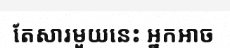
តែសារមួយនេះ អ្នកអាច